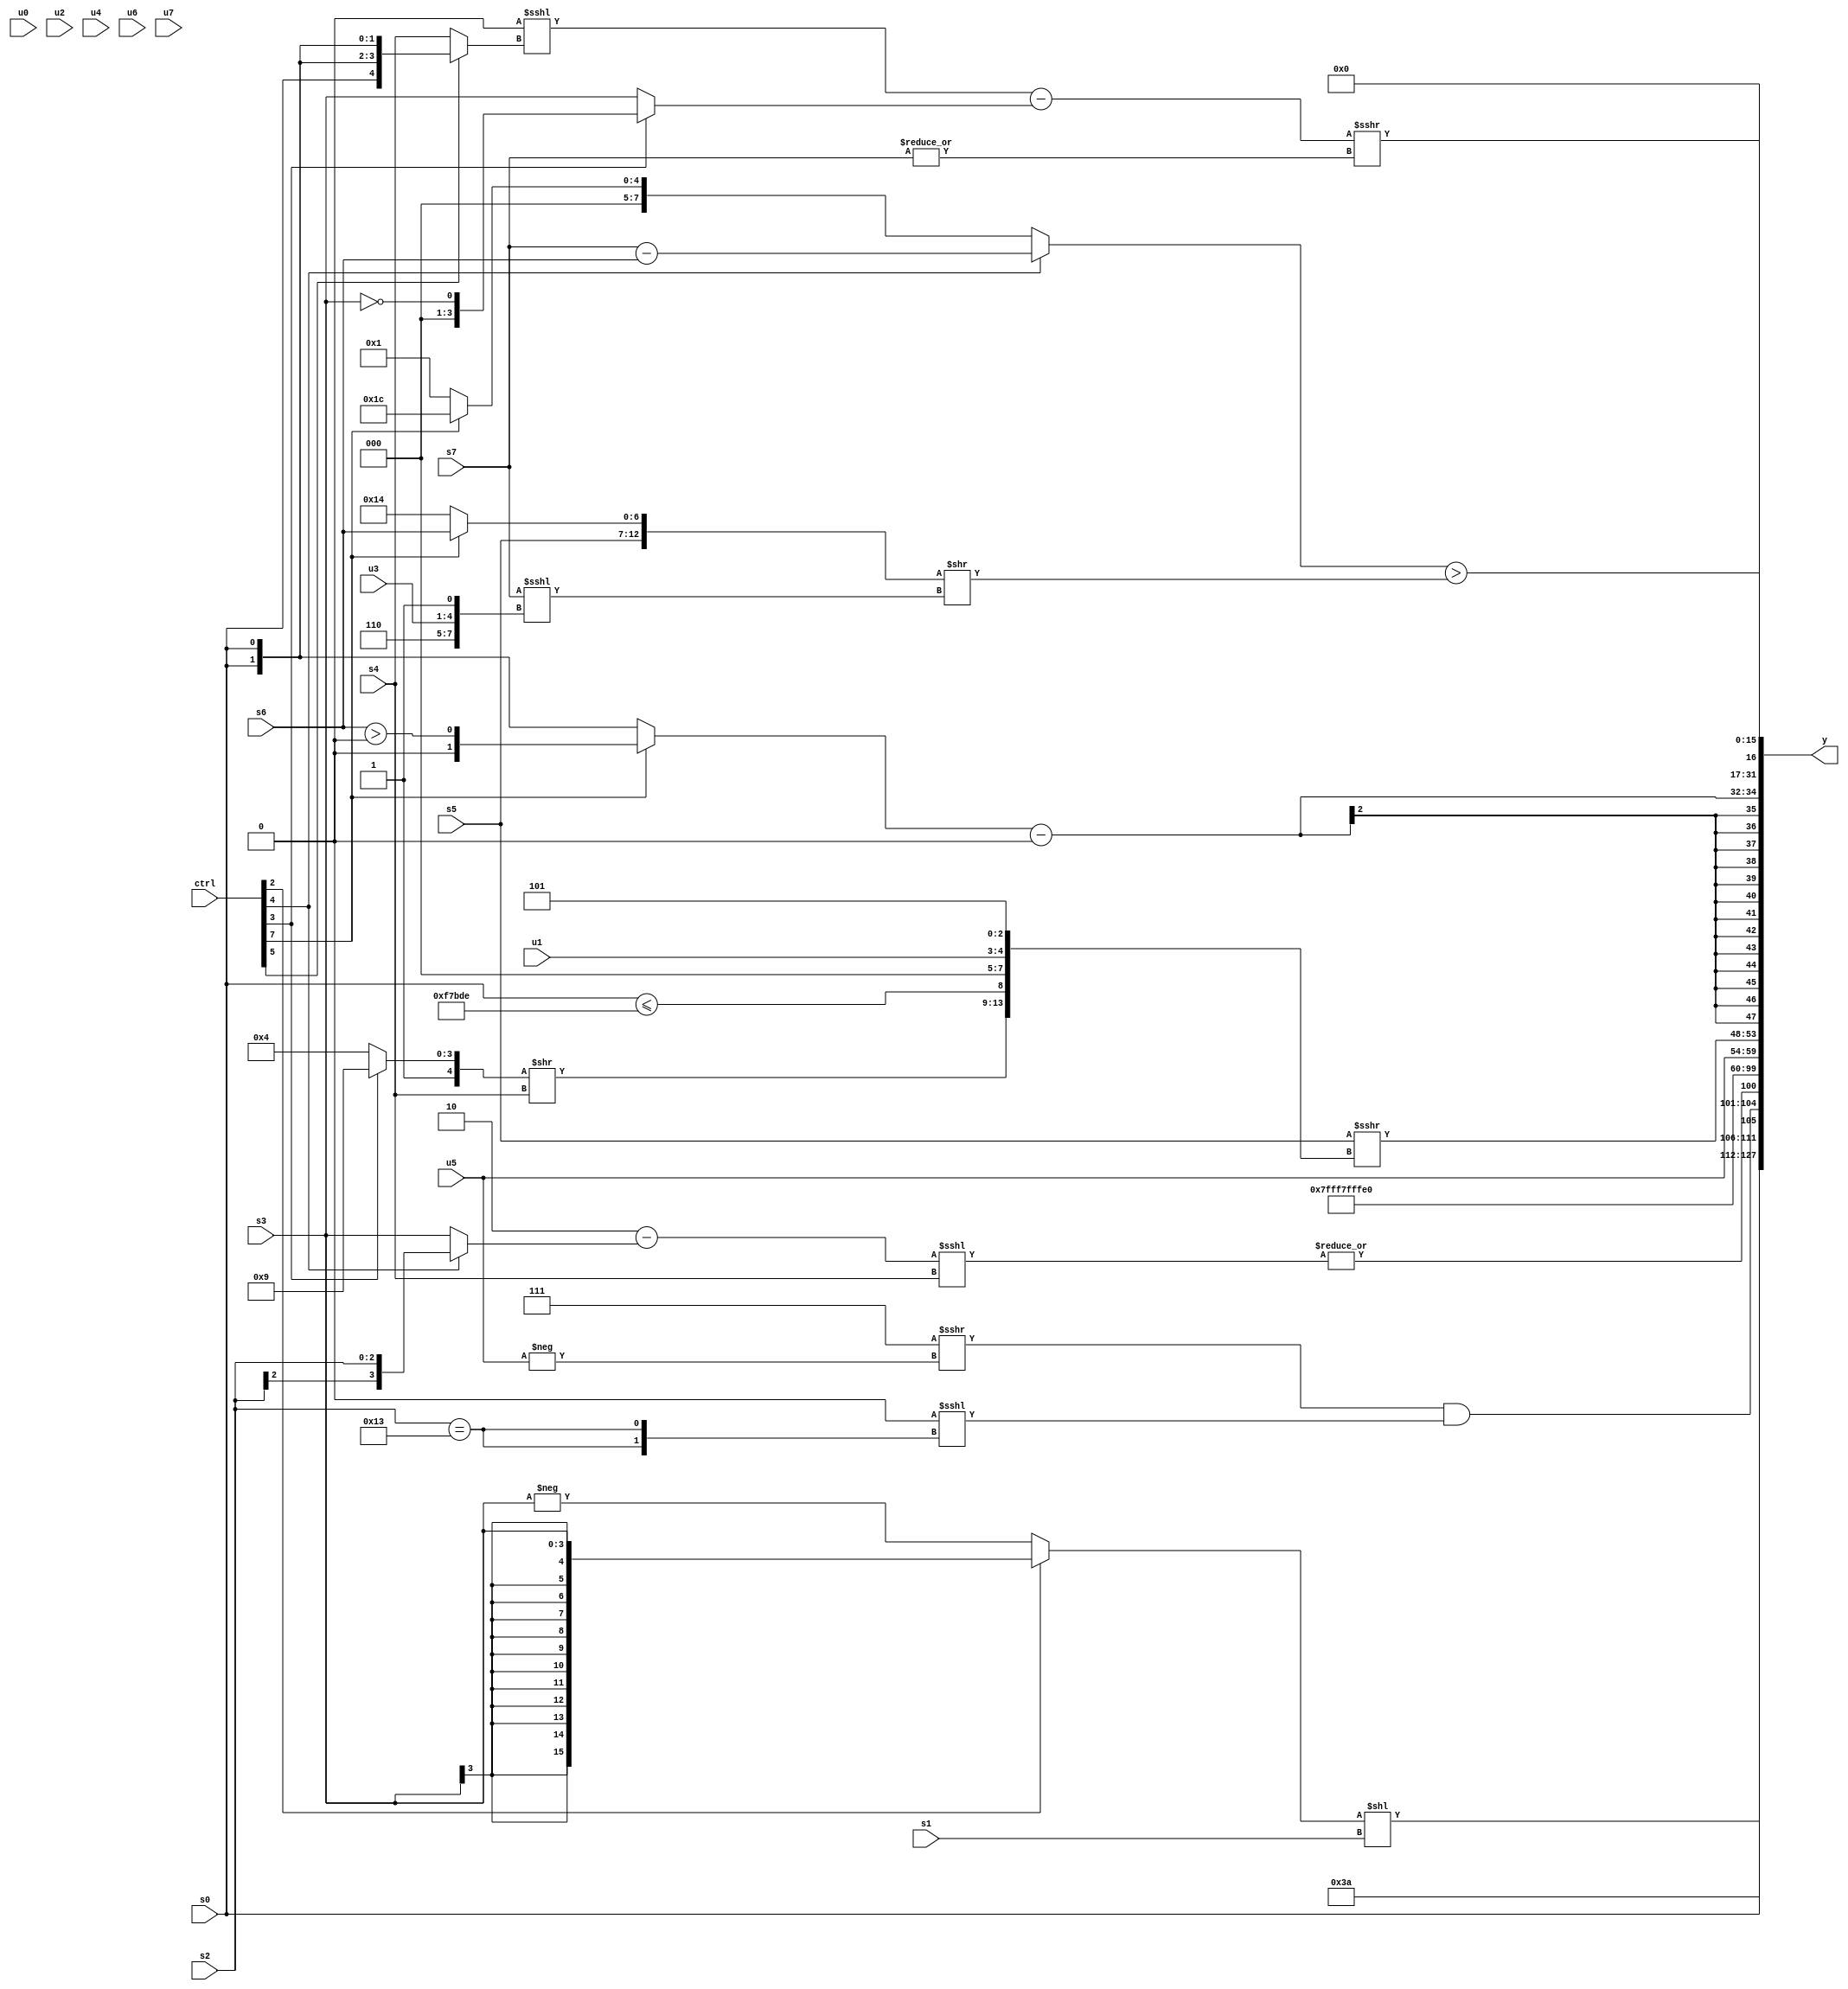
module wideexpr_00881(ctrl, u0, u1, u2, u3, u4, u5, u6, u7, s0, s1, s2, s3, s4, s5, s6, s7, y);
  input [7:0] ctrl;
  input [0:0] u0;
  input [1:0] u1;
  input [2:0] u2;
  input [3:0] u3;
  input [4:0] u4;
  input [5:0] u5;
  input [6:0] u6;
  input [7:0] u7;
  input signed [0:0] s0;
  input signed [1:0] s1;
  input signed [2:0] s2;
  input signed [3:0] s3;
  input signed [4:0] s4;
  input signed [5:0] s5;
  input signed [6:0] s6;
  input signed [7:0] s7;
  output [127:0] y;
  wire [15:0] y0;
  wire [15:0] y1;
  wire [15:0] y2;
  wire [15:0] y3;
  wire [15:0] y4;
  wire [15:0] y5;
  wire [15:0] y6;
  wire [15:0] y7;
  assign y = {y0,y1,y2,y3,y4,y5,y6,y7};
  assign y0 = ((ctrl[2]?s3:-(+($signed(s3)))))<<(+(s1));
  assign y1 = $signed({{~((2'sb00)>((5'sb10000)==((s5)<<<(5'sb00100)))),(ctrl[6]?(((s2)<<(2'b11))<<(~|(u3)))<<(~(6'b010010)):-((+(6'sb011011))==((4'b0000)^~(u1)))),5'sb10111},3'sb010,{s0,($signed((4'b0111)>>>(-(u5))))&(($signed(^(1'b0)))<<<({2{(s2)==(6'sb010011)}}))},{|(((3'sb110)-((ctrl[4]?s2:s3)))<<<($signed(s4))),$signed(4'sb0111)}});
  assign y2 = 5'sb10111;
  assign y3 = 2'sb10;
  assign y4 = {(s7)<<($signed(4'b1101)),u5,(s5)>>>({((ctrl[3]?5'sb11001:5'sb10100))>>($signed(s4)),(s0)<=({4{5'sb11110}}),{2'b00,(3'sb101)==(6'sb111100),$signed(u1)},3'sb101})};
  assign y5 = $signed(($signed((ctrl[7]?(s6)>(3'sb000):{2{s0}})))-(4'sb0000));
  assign y6 = (+($unsigned((ctrl[4]?$signed((s7)-(s6)):(ctrl[7]?(5'b11101)^(1'sb1):(3'sb011)>>(1'sb1))))))>($signed((+({$signed(s5),(ctrl[7]?s6:5'b10100)}))>>((s7)<<<({$signed(4'sb0000),4'sb0110,$signed(u3),1'sb1}))));
  assign y7 = ($unsigned((($signed({1'sb0}))<<<((ctrl[5]?$signed(s0):s4)))-((ctrl[3]?+((1'b0)==(s3)):s3))))>>>(|($signed(s7)));
endmodule